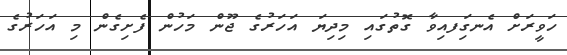
ހަވީރަށް އެނގިަފއިވާ ގޮތުގައި މިދިޔަ އަހަރުގެ ޖޫން މަހުން ފެށިގެން މި އަހަރުގެ